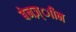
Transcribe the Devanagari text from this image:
बेनज़्ाीन